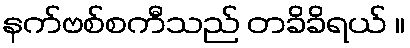
နက်ဗစ်စကီသည် တခိခိရယ် ။